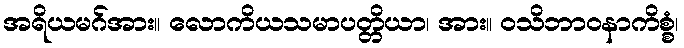
အရိယမဂ်အား။ လောကိယသမာပတ္တိယာ၊ အား။ ဝသိဘာဝနာကိစ္စံ၊